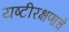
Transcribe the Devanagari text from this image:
यष्टीरक्षणाचे